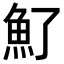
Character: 𩵌